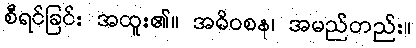
စီရင်ခြင်း အထူး၏။ အဓိဝစန၊ အမည်တည်း။